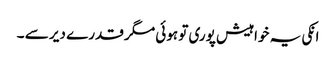
انکی یہ خواہیش پوری تو ہوئی مگر قدرے دیر سے ۔